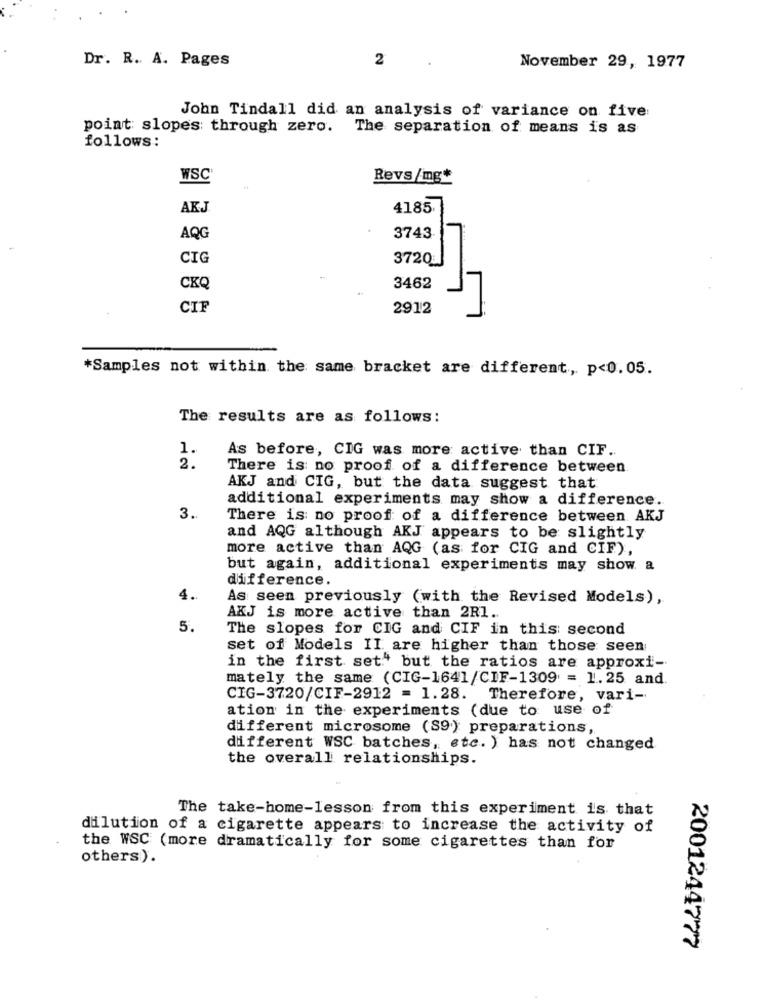
Dr. R. A. Pages
2
November 29, 1977
John Tindall did an analysis of variance on five
point slopes through zero. The separation of means is as
follows:
WSC
Revs/mg*
AKJ.
4185
AQG
3743
CIG
3720
CKQ
3462
CIF
2912
*Samples not within the same bracket are different, p<0.05.
The results are as follows:
1.
As before, CIG was more active than CIF.
2.
There is no proof of a difference between
AKJ and CIG, but the data suggest that
additional experiments may show a difference.
3.
There is no proof of a difference between AKJ
and AQG although AKJ appears to be slightly
more active than AQG (as for CIG and CIF),
but again, additional experiments may show. a
difference.
4.
As seen previously (with the Revised Models),
AXJ is more active than 2R1.
5.
The slopes for CIG and CIF in this second
set of Models II are higher than those seen
in the first set" but the ratios are approxi-
mately the same (CIG-1641/CIF-1309 = 1.25 and.
CIG-3720/CIF-2912 = 1.28.
Therefore, vari-
ation in the experiments (due to use of
different microsome (S9) preparations,
different WSC batches, etc. ) has not changed
the overall relationships.
The take-home-lesson from this experiment is that
dilution of a cigarette appears to increase the activity of
the WSC (more dramatically for some cigarettes than for
others).
2001244777